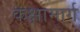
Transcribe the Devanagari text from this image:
कक्षामार्ग